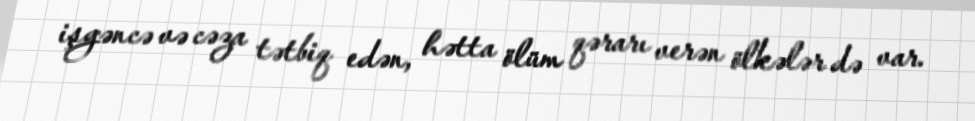
işgəncə və cəza tətbiq edən, hətta ölüm qərarı verən ölkələr də var.